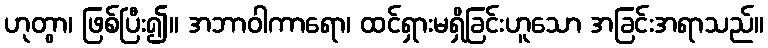
ဟုတွာ၊ ဖြစ်ပြီး၍။ အဘာဝါကာရော၊ ထင်ရှားမရှိခြင်းဟူသော အခြင်းအရာသည်။